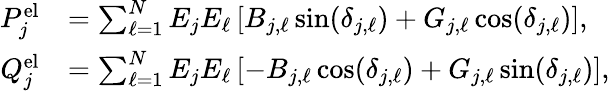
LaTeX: \begin{array}{rl}{P_{j}^{\mathrm{el}}}&{=\sum_{\ell=1}^{N}E_{j}E_{\ell}\left[B_{j,\ell}\sin(\delta_{j,\ell})+G_{j,\ell}\cos(\delta_{j,\ell})\right],}\\ {Q_{j}^{\mathrm{el}}}&{=\sum_{\ell=1}^{N}E_{j}E_{\ell}\left[-B_{j,\ell}\cos(\delta_{j,\ell})+G_{j,\ell}\sin(\delta_{j,\ell})\right],}\end{array}